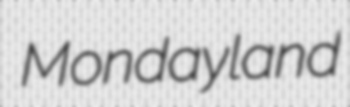
Mondayland